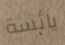
يائسة